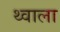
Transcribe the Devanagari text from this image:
थ्वाला